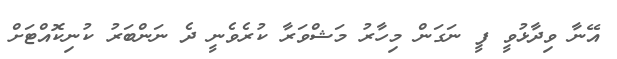
އޭނާ ވިދާޅުވީ ފީ ނަގަން މިހާރު މަޝްވަރާ ކުރެވެނީ ދެ ނަންބަރު ކުނިކޮއްޓަށް